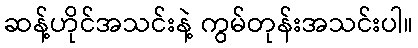
ဆန့်ဟိုင်အသင်းနဲ့ ကွမ်တုန်းအသင်းပါ။